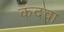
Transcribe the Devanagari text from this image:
कदवा